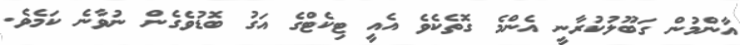
އާންމުން ގަބޫލުކުރާނީ އެންމެ ގޮތެކެވެ އެއީ ޓިކެޓްގެ އަގު ބޮޑުވެގެން ނުވާނެ ކަމެވެ.